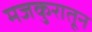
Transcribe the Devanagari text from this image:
मजकुरातून